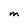
Character: M